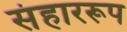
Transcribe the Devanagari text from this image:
संहाररूप